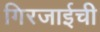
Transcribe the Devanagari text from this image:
गिरजाईची